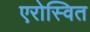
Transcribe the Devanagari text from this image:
एरोस्वित